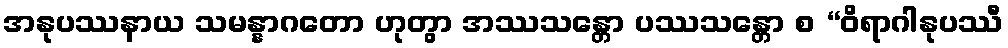
အနုပဿနာယ သမန္နာဂတော ဟုတွာ အဿသန္တော ပဿသန္တော စ “ဝိရာဂါနုပဿီ